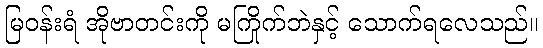
မြဝန်းရံ အိုဗာတင်းကို မကြိုက်ဘဲနှင့် သောက်ရလေသည်။